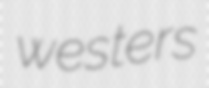
westers